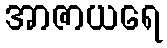
အာဇာယရေ